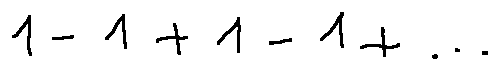
1 - 1 + 1 - 1 + \ldots